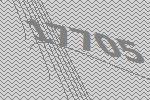
17705